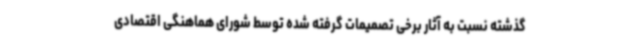
گذشته نسبت به آثار برخی تصمیمات گرفته شده توسط شورای هماهنگی اقتصادی